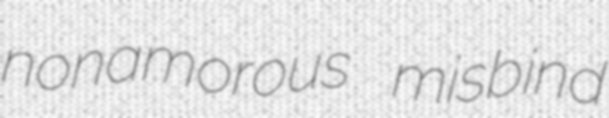
nonamorous misbind